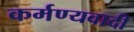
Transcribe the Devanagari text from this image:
कर्मण्यवादी